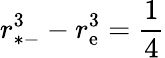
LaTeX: r_{*-}^{3}-r_{\mathrm{e}}^{3}={\frac{{1}}{{4}}}